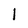
Character: I